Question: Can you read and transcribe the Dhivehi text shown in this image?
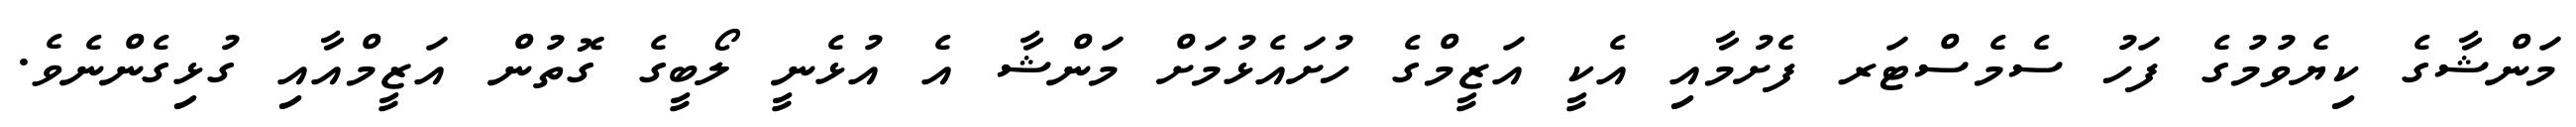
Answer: މަންޝާގެ ކިޔެވުމުގެ ފަހު ސެމެސްޓަރ ފެށުމާއި އެކީ އަޒީމްގެ ހުށައެޅުމަށް މަންޝާ އެ އުޅެނީ ލޯބީގެ ގޮތުން އަޒީމްއާއި ގުޅިގެންނެވެ.